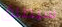
سيطلق